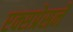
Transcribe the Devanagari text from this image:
एक्सप्रेसने